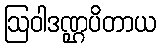
ဩဝါဒဏ္ဌပိတာယ